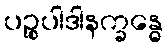
ပဉ္စုပါဒါနက္ခန္ဓေ